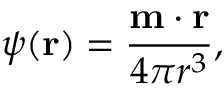
\psi ( { \mathbf { r } } ) = { \frac { { \mathbf { m } } \cdot { \mathbf { r } } } { 4 \pi r ^ { 3 } } } ,